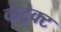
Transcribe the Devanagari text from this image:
कंट्रेक्ट